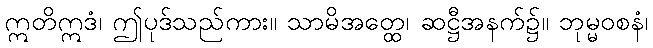
ဣတိဣဒံ၊ ဤပုဒ်သည်ကား။ သာမိအတ္ထေ၊ ဆဋ္ဌီအနက်၌။ ဘုမ္မဝစနံ၊